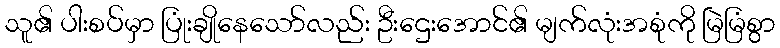
သူ၏ ပါးစပ်မှာ ပြုံးချိုနေသော်လည်း ဦးဌေးအောင်၏ မျက်လုံးအစုံကို မြဲမြံစွာ